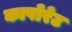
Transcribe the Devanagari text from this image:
कापोरेट